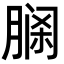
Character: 𦝹